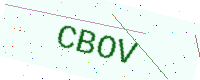
Text: CBOV